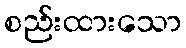
စည်းထားသော